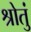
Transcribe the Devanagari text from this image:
श्रोतुं